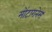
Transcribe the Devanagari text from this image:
मोंटागनेस